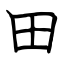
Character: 田